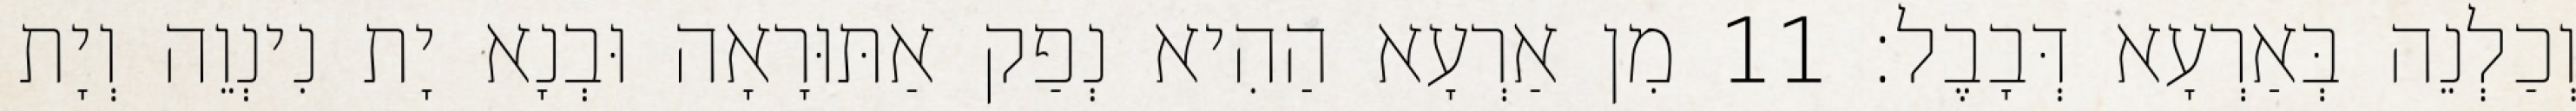
וְכַלְנֵה בְּאַרְעָא דְּבָבֶל׃ 11 מִן אַרְעָא הַהִיא נְפַק אַתּוּרָאָה וּבְנָא יָת נִינְוֵה וְיָת